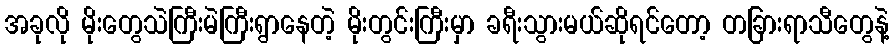
အခုလို မိုးတွေသဲကြီးမဲကြီးရွာနေတဲ့ မိုးတွင်းကြီးမှာ ခရီးသွားမယ်ဆိုရင်တော့ တခြားရာသီတွေနဲ့